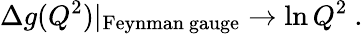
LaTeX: \Delta g(Q^{2})|_{\mathrm{Feynman~gauge}}\rightarrow\ln Q^{2}\ .